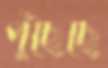
পুঁছেছে